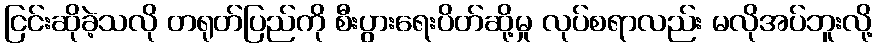
ငြင်းဆိုခဲ့သလို တရုတ်ပြည်ကို စီးပွားရေးပိတ်ဆို့မှု လုပ်စရာလည်း မလိုအပ်ဘူးလို့